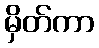
မှိတ်ကာ